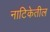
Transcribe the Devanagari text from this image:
नाटिकेतील